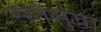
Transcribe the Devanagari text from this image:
रस्तेसुद्धा